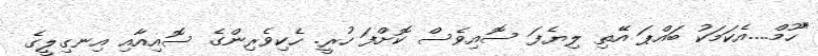
"ހޫމް....އެކަމަކު ބައްޕަ އޭތި ލިޔެފަ ސޮއިވެސް ކޮށްފަ ހުރީ. ހެކިވެރިންގެ ސޮއިއާއި އިނގިލީގެ